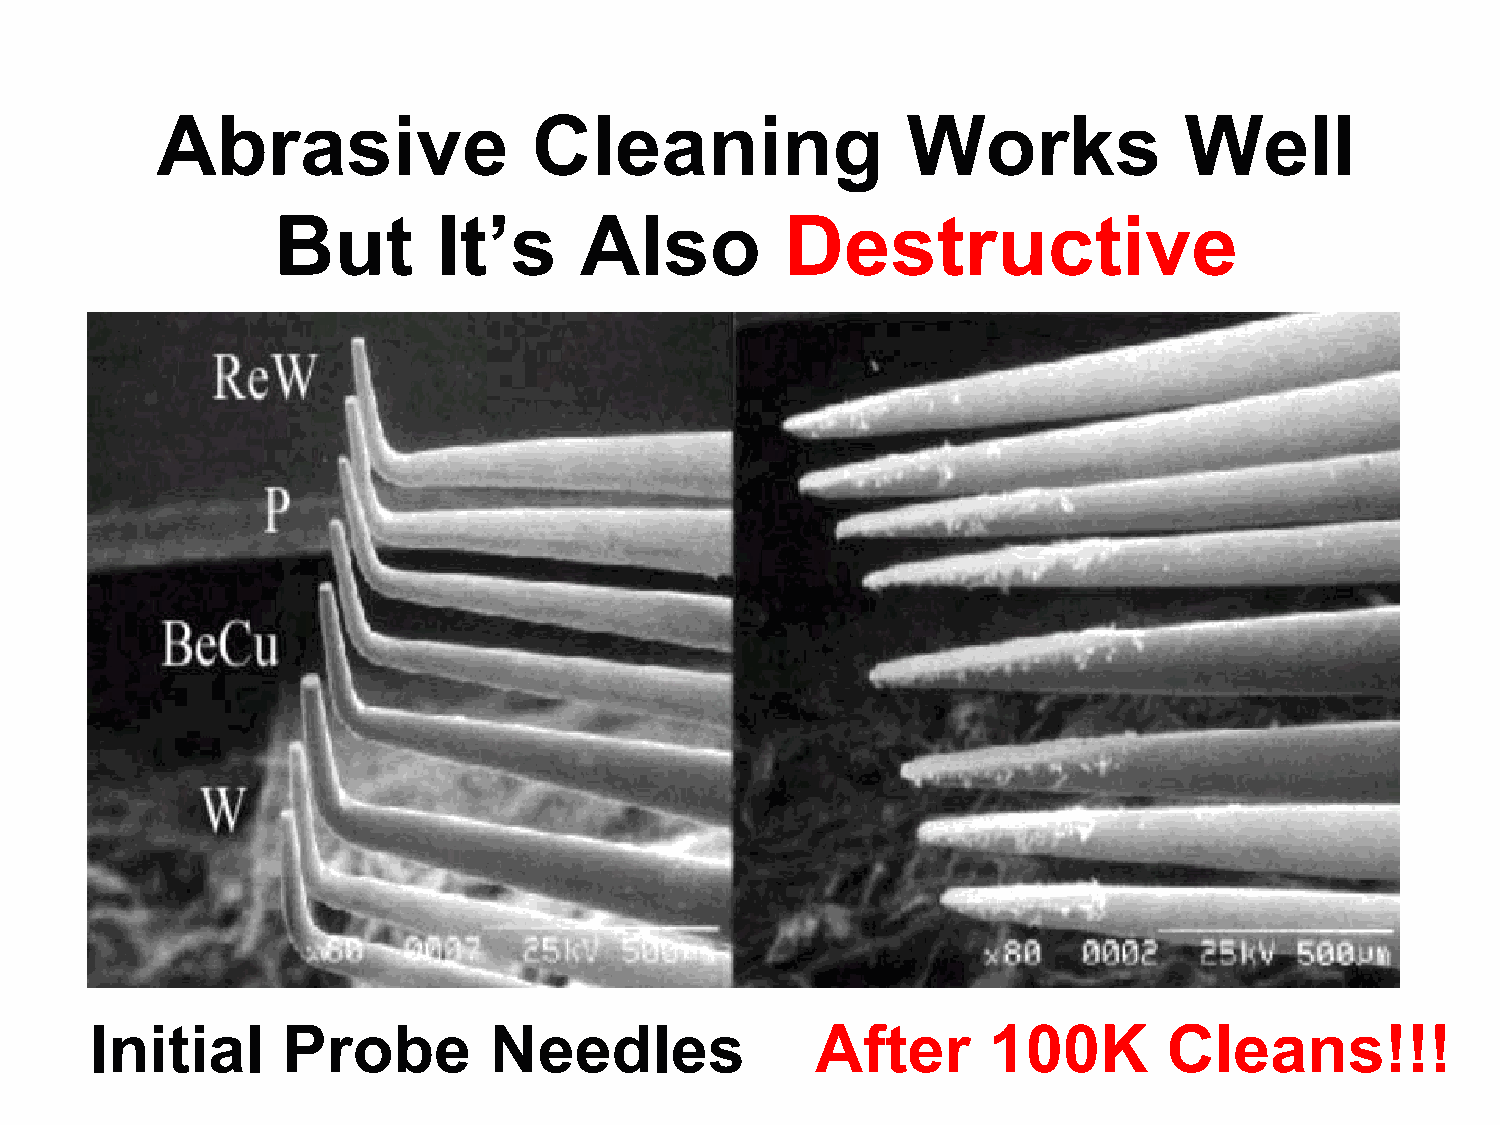
Abrasive                 Cleaning                 Works             Well
 But        It’s     Also          Destructive
 Initial      Probe        Needles               After      100K        Cleans!!!